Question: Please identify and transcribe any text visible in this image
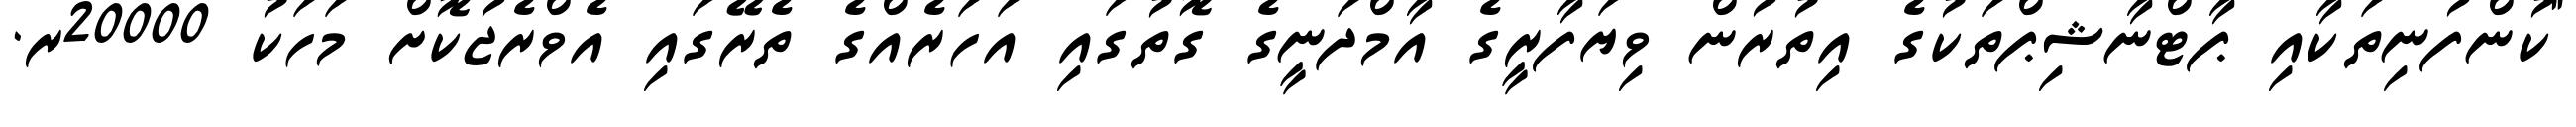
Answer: "ކުންފުނިތަކާއި ޕާޓްނާޝިޕްތަކުގެ އިތުރުން ވިޔަފާރީގެ އާމްދަނީގެ ގޮތުގައި އަހަރެއްގެ ތެރޭގައި އެވްރެޖުކޮށް މަހަކު 20000ރ.